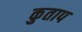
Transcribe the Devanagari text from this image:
कुताप